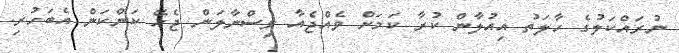
ނުރައްކަލުގެ ހާލަތު އިއުލާން ކުރާ ކަމަށް ވެއްޖެއާ ވިސްނާލަން ޖެހޭ ކަންކަން އެބަހުރި.